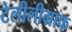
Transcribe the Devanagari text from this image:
टेलीलीग्राफ